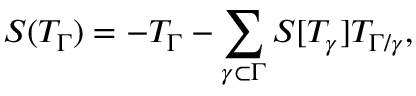
S ( T _ { \Gamma } ) = - T _ { \Gamma } - \sum _ { \gamma \subset \Gamma } S [ T _ { \gamma } ] T _ { \Gamma / \gamma } ,